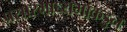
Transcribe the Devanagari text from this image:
प्रसारमाध्यमांकडुन